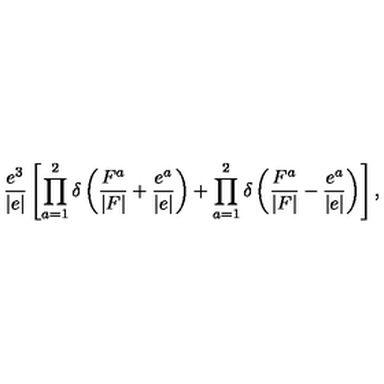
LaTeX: \frac { e ^ { 3 } } { | e | } \left[ \prod _ { a = 1 } ^ { 2 } \delta \left( \frac { F ^ { a } } { | F | } + \frac { e ^ { a } } { | e | } \right) + \prod _ { a = 1 } ^ { 2 } \delta \left( \frac { F ^ { a } } { | F | } - \frac { e ^ { a } } { | e | } \right) \right] ,